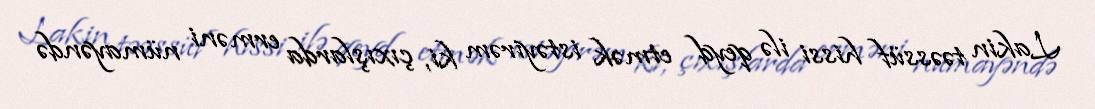
Lakin təəssüf hissi ilə qeyd etmək istəyirəm ki, çıxışlarda erməni nümayəndə